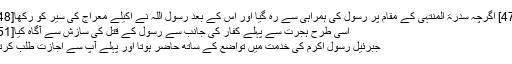
[47] اگرچہ سدرۃ المنتہی کے مقام پر رسول کی ہمراہی سے رہ گیا اور اس کے بعد رسول اللہ نے اکیلے معراج کی سیر کو رکھا[48]
اسی طرح ہجرت سے پہلے کفار کی جانب سے رسول کے قتل کی سازش سے آگاہ کیا[51]
جبرئیل رسول اکرم کی خدمت میں تواضع کے ساتھ حاضر ہوتا اور پہلے آپ سے اجازت طلب کرتا۔